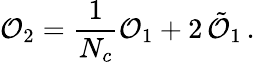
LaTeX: {\cal\mathcal{O}}_{2}=\frac{{1}}{{N_{c}}}{\cal\mathcal{O}}_{1}+2\, \tilde{{{\cal\mathcal{O}}}}_{1}\, .